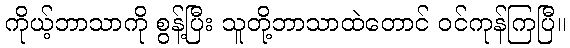
ကိုယ့်ဘာသာကို စွန့်ပြီး သူတို့ဘာသာထဲတောင် ဝင်ကုန်ကြပြီ။